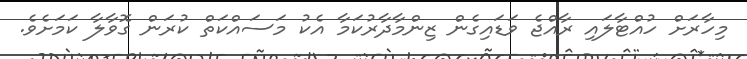
މިހާރަށް ހުއްޓާލައި ރާއްޖެ ވަޑައިގެން ޒިންމާދާރުކަމާ އެކު މަސައްކަތް ކުރަން ގޮވާލާ ކަމަށެވެ.